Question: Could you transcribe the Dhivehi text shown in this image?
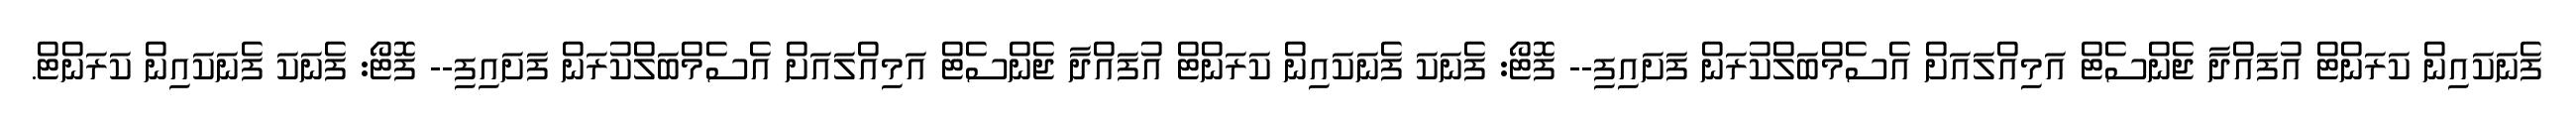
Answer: ފެނަކައިން ކަރަންޓް އުފައްދާ ޖެންސެޓް އަމިއްލައަށް އެސެމްބަލްކުރަން ފަށައިފި-- ފޮޓޯ: ފެނަކަ ފެނަކައިން ކަރަންޓް އުފައްދާ ޖެންސެޓް އަމިއްލައަށް އެސެމްބަލްކުރަން ފަށައިފި-- ފޮޓޯ: ފެނަކަ ފެނަކައިން ކަރަންޓް.